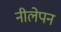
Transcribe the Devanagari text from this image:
नीलेपन